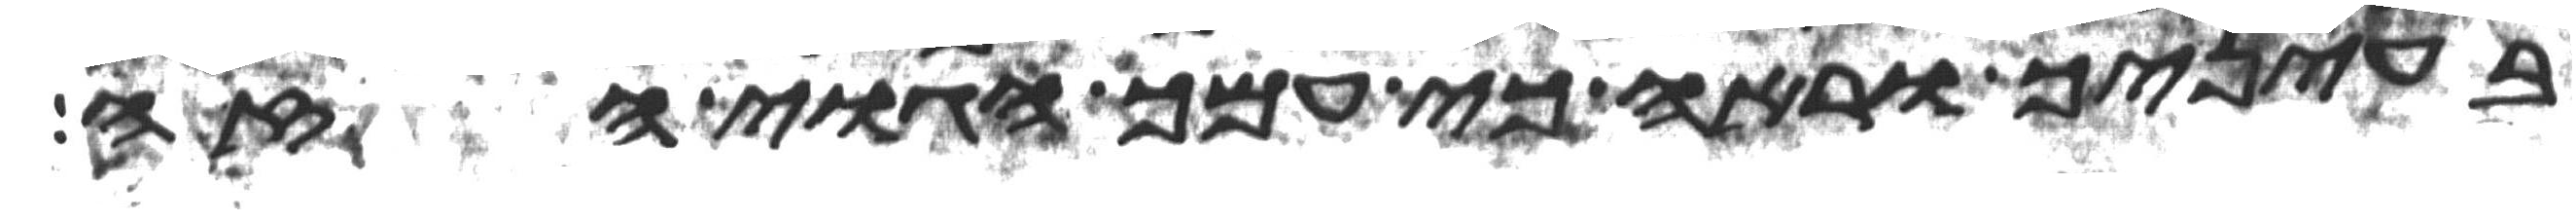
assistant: בעיניך וראה כי עמך הגוי הזה